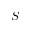
\boldsymbol { S }